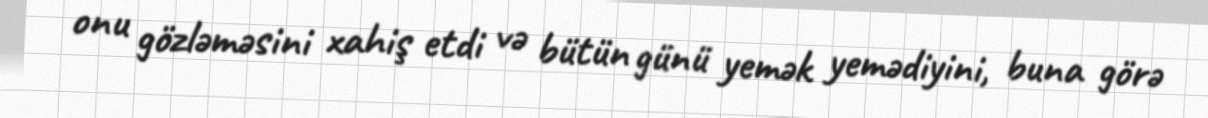
onu gözləməsini xahiş etdi və bütün günü yemək yemədiyini, buna görə